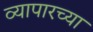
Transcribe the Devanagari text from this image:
व्यापारच्या